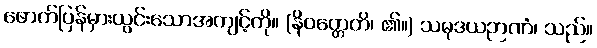
ဖောက်ပြန်မှားယွင်းသောအကျင့်ကို။ (နိဝတ္တေတိ၊ ၏။) သမုဒယဉာဏံ၊ သည်။